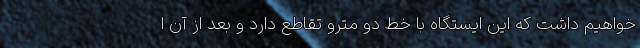
خواهیم داشت که این ایستگاه با خط دو مترو تقاطع دارد و بعد از آن ا